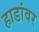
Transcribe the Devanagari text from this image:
हाडांवर